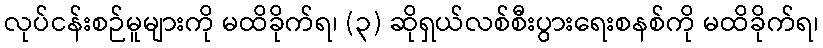
လုပ်ငန်းစဉ်မူများကို မထိခိုက်ရ၊ (၃) ဆိုရှယ်လစ်စီးပွားရေးစနစ်ကို မထိခိုက်ရ၊